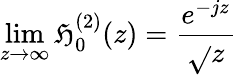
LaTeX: \operatorname*{lim}_{z\rightarrow\infty}\mathfrak{H}_{0}^{(2)}(z)=\frac{{e^{-jz}}}{{\sqrt{}{{z}}}}